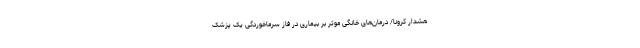
هشدار کرونا/ درمان‌های خانگی موثر بر بیماری در فاز سرماخوردگی یک پزشک